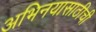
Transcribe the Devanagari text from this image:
अभिनयासाठीची